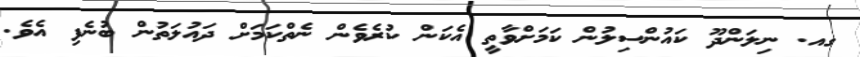
ގއ. ނިލަންދޫ ކައުންސިލުން ކަމަށްވާތީ އެކަން ކުރެވެން ނެތްކަމަށް ދައުލަތުން ބުނެފި އެވެ.